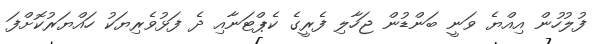
ފުލުހުން އިއްޔެ ވަނީ ބަންޑުން ޖަހާލި ފެރީގެ ކެޕްޓަނާއި ދެ ފަޅުވެރިޔަކު ހައްޔަރުކޮށްފަ